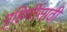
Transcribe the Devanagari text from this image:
गृहिणींसाठी